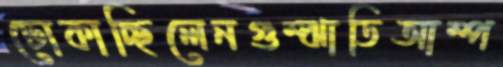
ঢোকাচ্ছিলেনগুম্‌ঝাতিআম্প